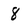
Character: 8